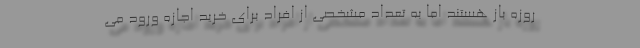
روزه باز هستند اما به تعداد مشخصی از افراد برای خرید اجازه ورود می